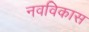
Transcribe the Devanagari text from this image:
नवविकास